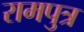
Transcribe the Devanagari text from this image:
रामपुत्र